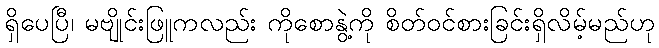
ရှိပေပြီ၊ မဗျိုင်းဖြူကလည်း ကိုစောနွဲ့ကို စိတ်ဝင်စားခြင်းရှိလိမ့်မည်ဟု